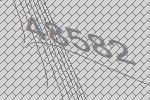
48582